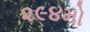
૨૯૪મો